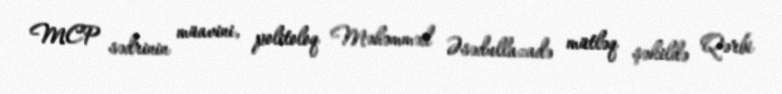
MCP sədrinin müavini, politoloq Məhəmməd Əsədullazadə mütləq şəkildə Qərbi